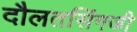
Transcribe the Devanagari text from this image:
दौलतसिंगजी